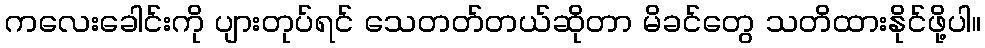
ကလေးခေါင်းကို ပျားတုပ်ရင် သေတတ်တယ်ဆိုတာ မိခင်တွေ သတိထားနိုင်ဖို့ပါ။